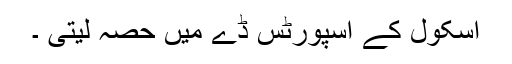
اسکول کے اسپورٹس ڈے میں حصہ لیتی ۔